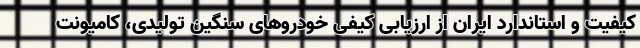
کیفیت و استاندارد ایران از ارزیابی کیفی خودروهای سنگین تولیدی، کامیونت